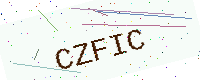
Text: CZFIC